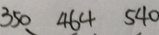
3 5 0 4 6 4 5 4 0